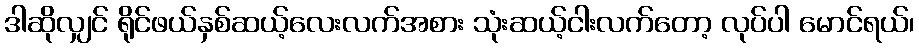
ဒါဆိုလျှင် ရိုင်ဖယ်နှစ်ဆယ့်လေးလက်အစား သုံးဆယ့်ငါးလက်တော့ လုပ်ပါ မောင်ရယ်၊